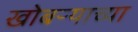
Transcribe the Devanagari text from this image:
खोबऱ्याच्या